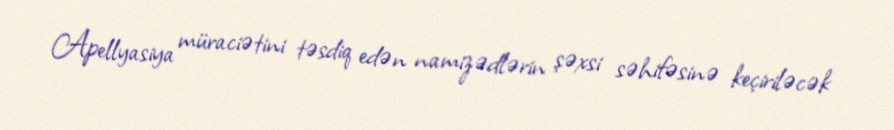
Apellyasiya müraciətini təsdiq edən namizədlərin şəxsi səhifəsinə keçiriləcək